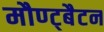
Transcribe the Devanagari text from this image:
मौण्ट्बैटन